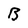
Character: B